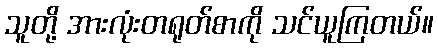
သူတို့ အားလုံးတရုတ်စာကို သင်ယူကြတယ်။